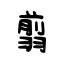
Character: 翦